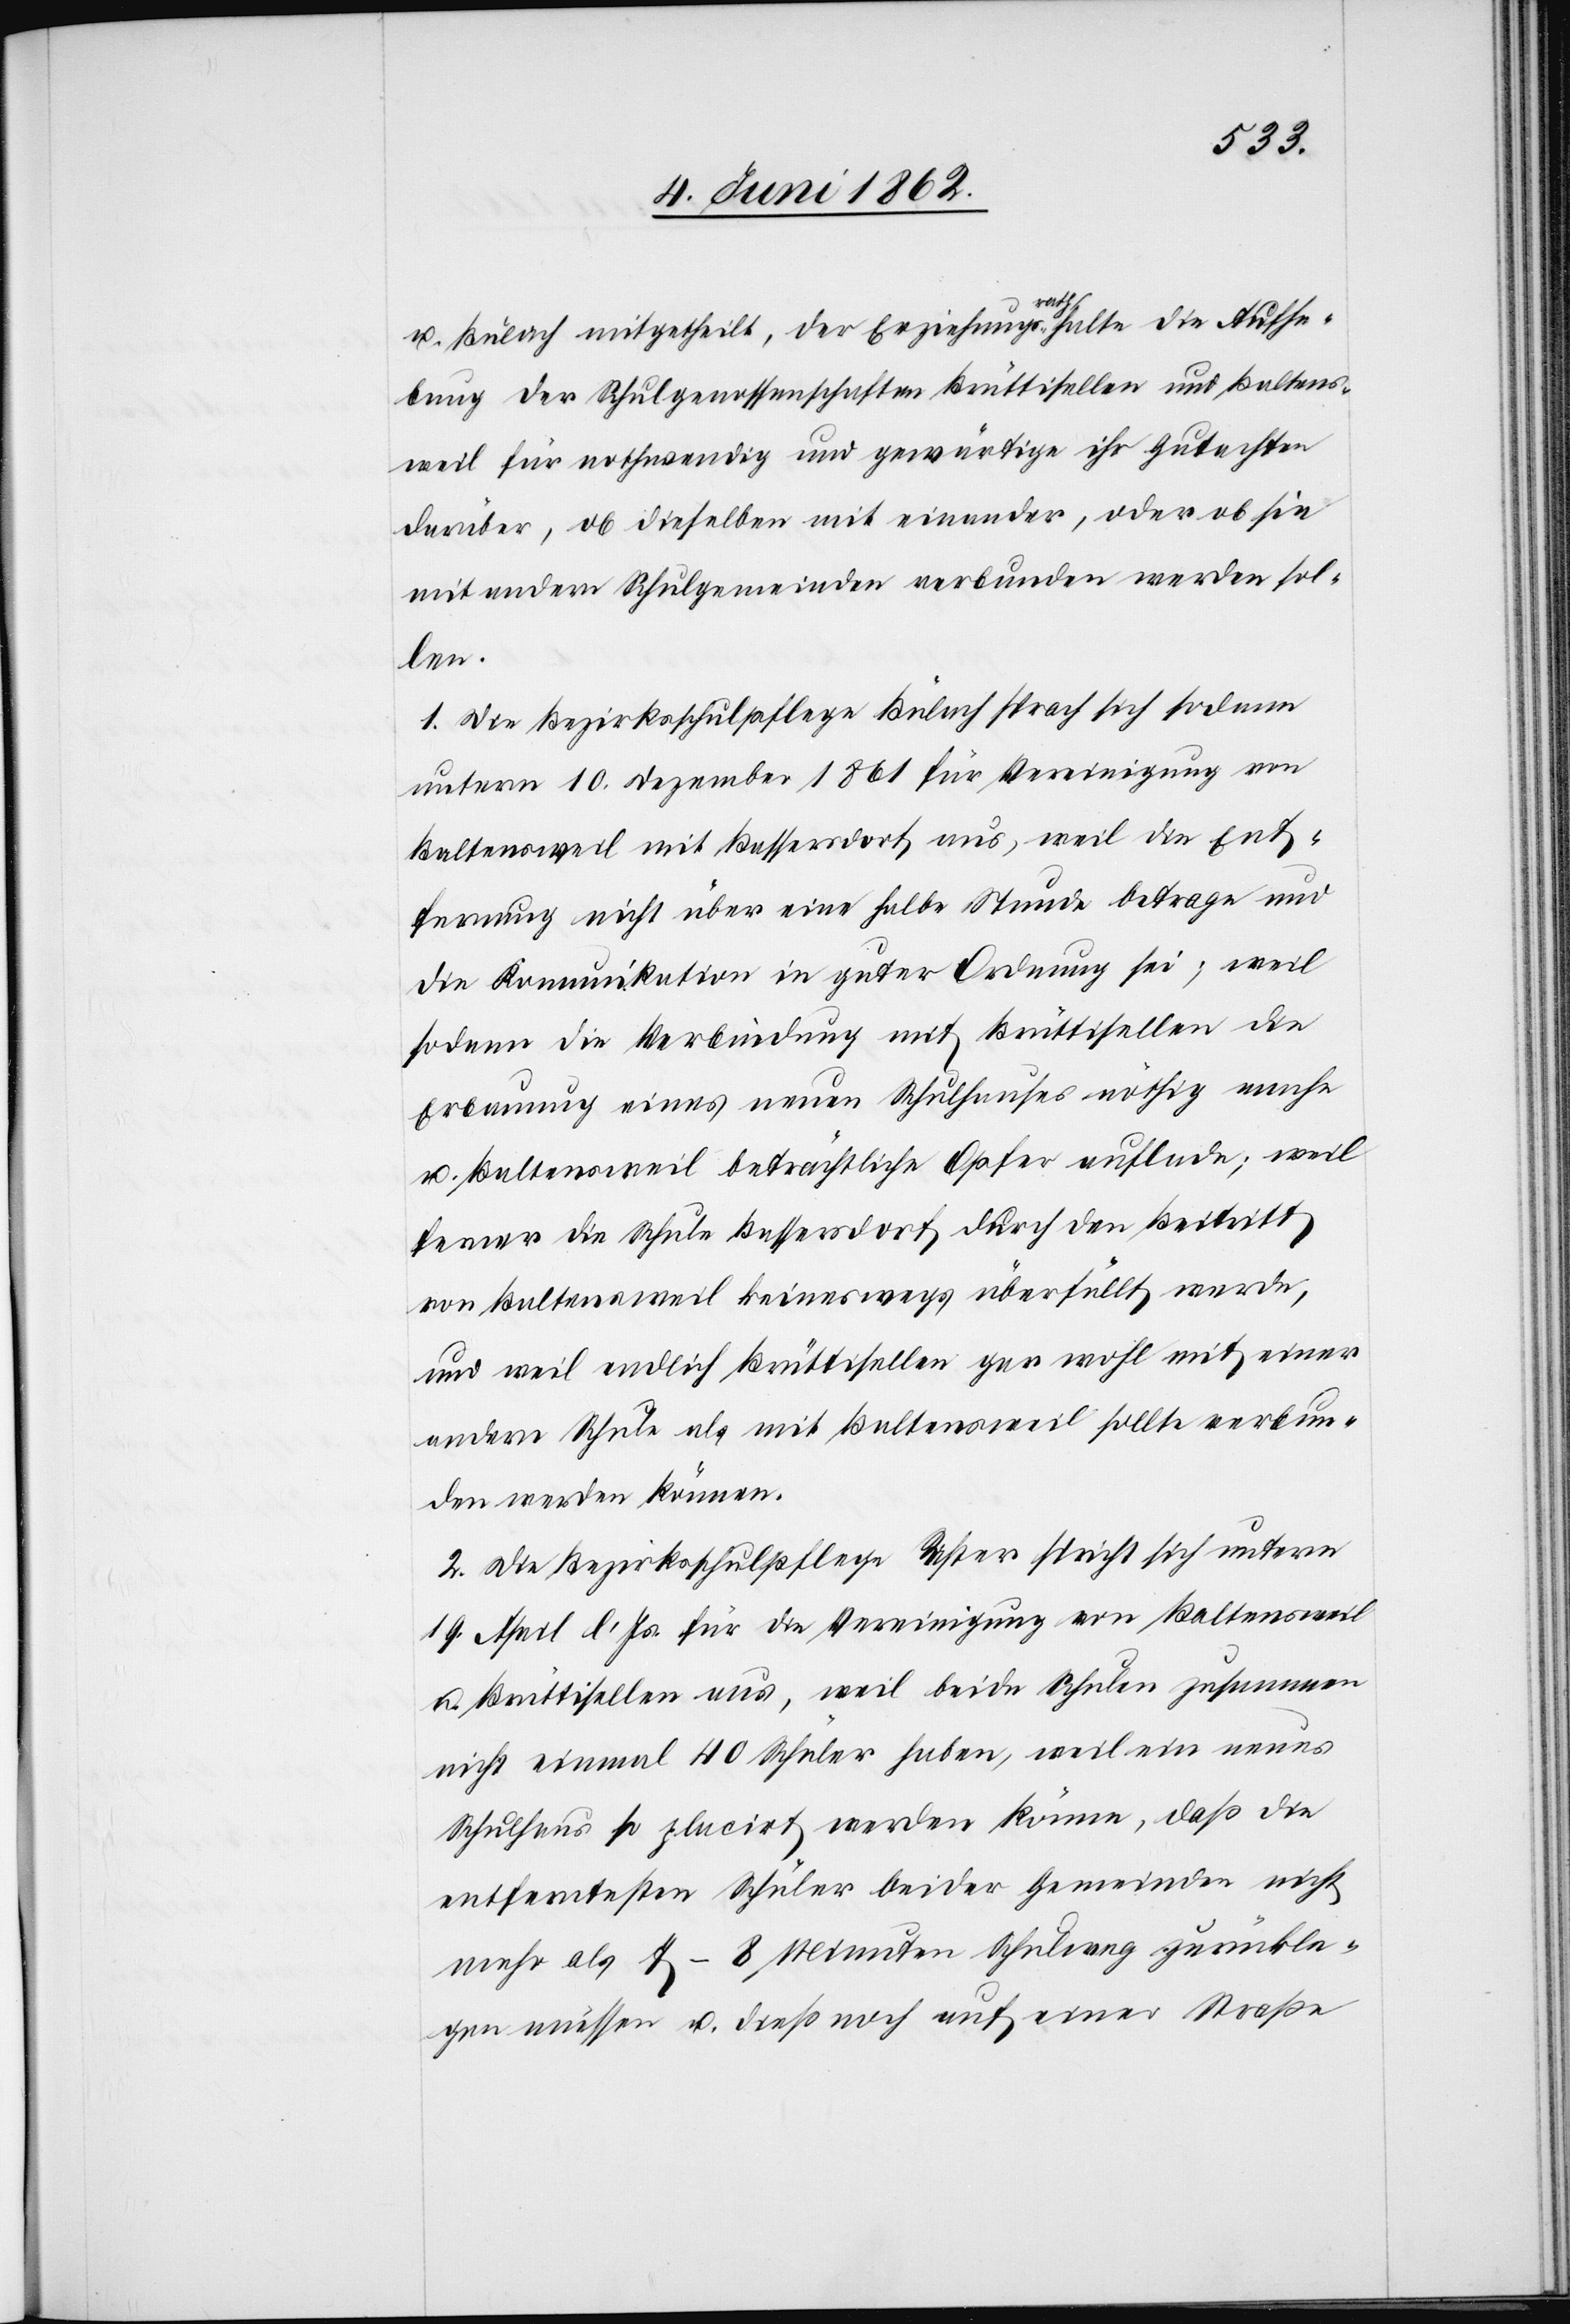
u. Bülach mitgetheilt, der Erziehungsrath halte die Aufhe¬
bung der Schulgenossenschaften Brüttisellen und Baltens¬
weil für nothwendig und gewärtige ihr Gutachten
darüber, ob dieselben mit einander, oder ob sie
mit andern Schulgemeinden verbunden werden sol¬
len.
1. Die Bezirksschulpflege Bülach sprach sich sodann
unterm 10. Dezember 1861 für Vereinigung von
Baltensweil mit Bassersdorf aus, weil die Ent¬
fernung nicht über eine halbe Stunde betrage und
die Kommunikation in guter Ordnung sei; weil
sodann die Verbindung mit Brüttisellen die
Erbauung eines neuen Schulhauses nöthig mache
u. Baltensweil beträchtliche Opfer auflade; weil
ferner die Schule Bassersdorf durch den Beitritt
von Baltensweil keineswegs überfüllt werde,
und weil endlich Brüttisellen gar wohl mit einer
andern Schule als mit Baltensweil sollte verbun¬
den werden können.
2. Die Bezirksschulpflege Uster spricht sich unterm
19. April l. Js. für die Vereinigung von Baltensweil
u. Brüttisellen aus, weil beide Schulen zusammen
nicht einmal 40 Schüler haben, weil ein neues
Schulhaus so placirt werden könne, daß die
entferntesten Schüler beider Gemeinden nicht
mehr als 7–8 Minuten Schulweg zurückle¬
gen müssen u. dieß noch auf einer Straße